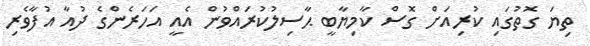
ތިޔަ ގޮތުގައި ކުރިއަށް ގޮސް ކާމިޔާބީ ޙާސިލުކުރައްވުން އެއީ އަހަރެންގެ ދުއާ އުފާވެރި